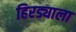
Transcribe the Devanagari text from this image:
हिरड्याला